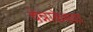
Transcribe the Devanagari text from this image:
चेन्नाकेसवा